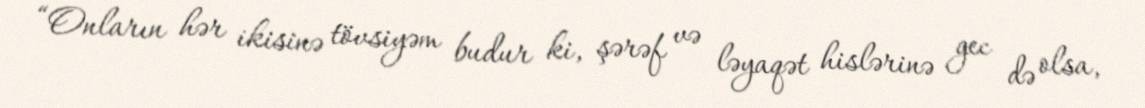
“Onların hər ikisinə tövsiyəm budur ki, şərəf və ləyaqət hislərinə gec də olsa,